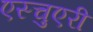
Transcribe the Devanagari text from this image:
एस्चुएरी